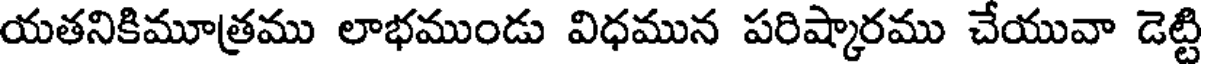
యతనికిమూత్రము లాభముండు విధమున పరిష్కారము చేయువా డెట్టి